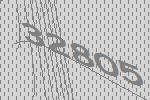
32805